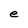
Character: e